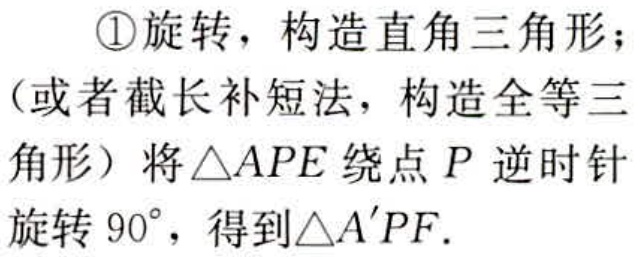
\textcircled{1}旋转，构造直角三角形；
（或者截长补短法，构造全等三
角形）将$\triangle APE$绕点$P$逆时针
旋转$90^{\circ}$，得到$\triangle A'PF$．